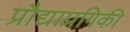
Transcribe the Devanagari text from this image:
प्रौद्याप्रगिकी